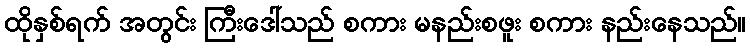
ထိုနှစ်ရက် အတွင်း ကြီးဒေါ်သည် စကား မနည်းစဖူး စကား နည်းနေသည်။